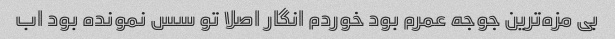
بی مزه‌ترین جوجه عمرم بود خوردم انگار اصلا تو سس نمونده بود اب